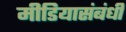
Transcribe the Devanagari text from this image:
मीडियासंबंधी